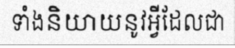
ទាំងនិយាយនូវអ្វីដែលជា